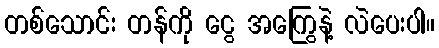
တစ်သောင်း တန်ကို ငွေ အကြွေနဲ့ လဲပေးပါ။